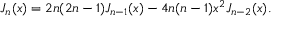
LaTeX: J _ { n } ( x ) = 2 n ( 2 n - 1 ) J _ { n - 1 } ( x ) - 4 n ( n - 1 ) x ^ { 2 } J _ { n - 2 } ( x ) .